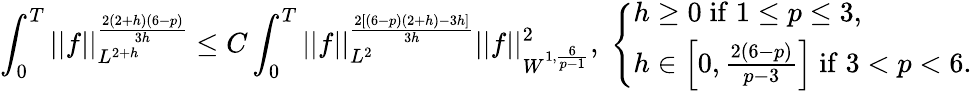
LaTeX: \int_{0}^{T}||f||_{L^{2+h}}^{\frac{2(2+h)(6-p)}{3h}}\leq C\int_{0}^{T}||f||_{L^{2}}^{\frac{2[(6-p)(2+h)-3h]}{3h}}||f||_{W^{1,\frac{6}{p-1}}}^{2},\; \left\{ \begin{array}{ll}{h\geq 0\; \mathrm{if}\; 1\leq p\leq 3,}\\ {h\in\left[0,\frac{2(6-p)}{p-3}\right]\; \mathrm{if}\; 3<p<6.}\end{array}\right.